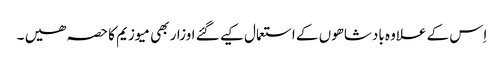
اِس کے علاوہ بادشاھوں کے استعمال کیے گئے اوزار بھی میوزیم کا حصہ ھیں ۔